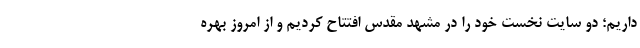
داریم؛ دو سایت نخست خود را در مشهد مقدس افتتاح کردیم و از امروز بهره